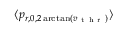
\langle p _ { r , 0 , 2 \arctan ( v _ { \mathrm { ~ t ~ h ~ r ~ } } ) } \rangle